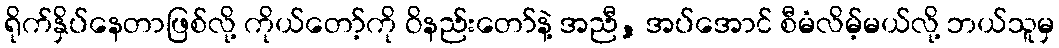
ရိုက်နှိပ်နေတာဖြစ်လို့ ကိုယ်တော့်ကို ဝိနည်းတော်နဲ့ အညီ, အပ်အောင် စီမံလိမ့်မယ်လို့ ဘယ်သူမှ